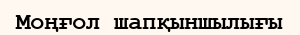
Моңғол шапқыншылығы